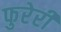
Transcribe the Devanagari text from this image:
फुरेरी